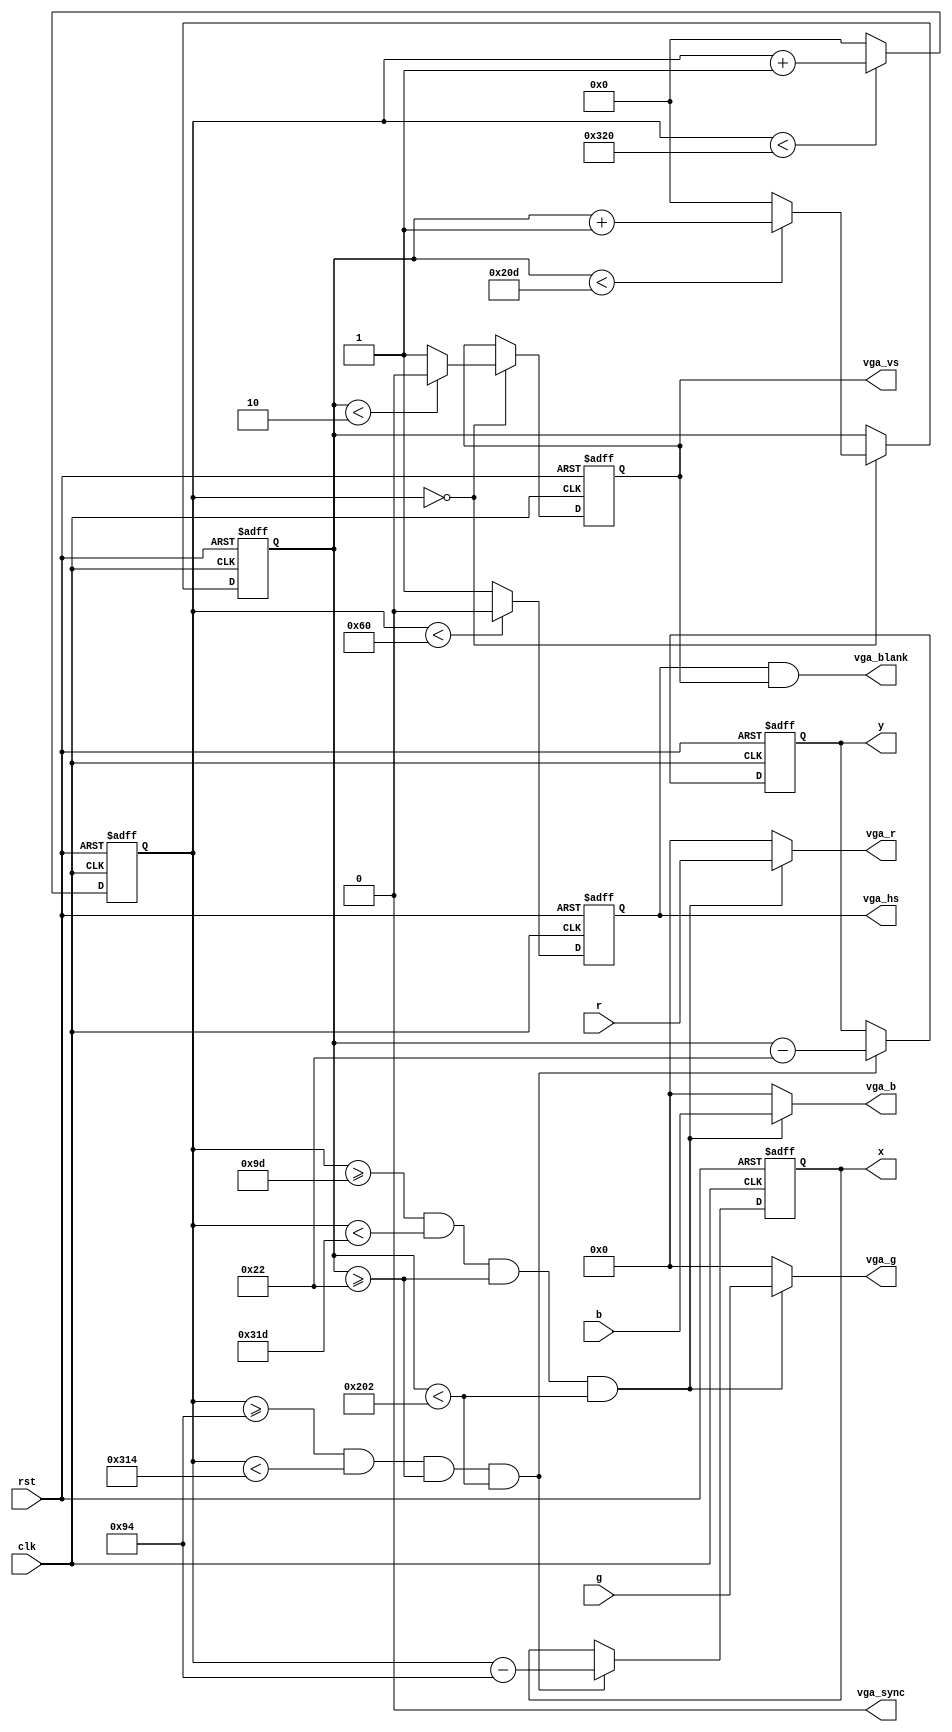
module vga
(
	input wire        clk,
	input wire        rst,
	input wire  [7:0] r,
	input wire  [7:0] g,
	input wire  [7:0] b,
	output reg  [9:0] x,
	output reg  [9:0] y,
	output wire [7:0] vga_r,
	output wire [7:0] vga_g,
	output wire [7:0] vga_b,
	output reg        vga_hs,
	output reg        vga_vs,
	output wire       vga_sync,
	output wire       vga_blank
);
	//	Horizontal Parameter	( Pixel )
	parameter	H_SYNC_CYC	 = 96;
	parameter	H_SYNC_BACK	 = 45+3;
	parameter	H_SYNC_ACT	 = 640;	//	640
	parameter	H_SYNC_FRONT = 13+3;
	parameter	H_SYNC_TOTAL = 800;
	
	//	Vertical Parameter		( Line )
	parameter	V_SYNC_CYC	 = 2;
	parameter	V_SYNC_BACK	 = 30+2;
	parameter	V_SYNC_ACT	 = 480;	//	484
	parameter	V_SYNC_FRONT = 9+2;
	parameter	V_SYNC_TOTAL = 525;
	
	//	Start Offset
	parameter	X_START = H_SYNC_CYC+H_SYNC_BACK+4;
	parameter	Y_START = V_SYNC_CYC+V_SYNC_BACK;

	reg [9:0] h_cnt;
	reg [9:0] v_cnt;
	
	assign vga_blank = vga_hs && vga_vs;
	assign vga_sync = 0;
	
	assign vga_r = (h_cnt >= X_START+9 && h_cnt < X_START+H_SYNC_ACT+9 &&
						 v_cnt >= Y_START   && v_cnt < Y_START+V_SYNC_ACT)
						 ? r : 0;
	assign vga_g = (h_cnt >= X_START+9 && h_cnt < X_START+H_SYNC_ACT+9 &&
						 v_cnt >= Y_START   && v_cnt < Y_START+V_SYNC_ACT)
						 ?	g : 0;
	assign vga_b = (h_cnt >= X_START+9 && h_cnt < X_START+H_SYNC_ACT+9 &&
						 v_cnt >=Y_START    && v_cnt < Y_START+V_SYNC_ACT)
						 ?	b : 0;
	
	// pixel address
	always @ (posedge clk or negedge rst) begin
		if (!rst) begin
			x <= 0;
			y <= 0;
		end
		else begin
			if (h_cnt >= X_START && h_cnt < X_START+H_SYNC_ACT && 
				v_cnt >= Y_START && v_cnt < Y_START+V_SYNC_ACT) begin
				x <= h_cnt - X_START;
				y <= v_cnt - Y_START;
			end
		end
	end
	
	// hsync
	always @ (posedge clk or negedge rst) begin
		if (!rst) begin
			h_cnt <= 0;
			vga_hs <= 0;
		end
		else begin
			if (h_cnt < H_SYNC_TOTAL)
				h_cnt <= h_cnt + 1;
			else
				h_cnt <= 0;
			
			if (h_cnt < H_SYNC_CYC)
				vga_hs <= 0;
			else
				vga_hs <= 1;
		end
	end
	
	// vsync
	always @ (posedge clk or negedge rst) begin
		if (!rst) begin
			v_cnt <= 0;
			vga_vs <= 0;
		end
		else begin
			if (h_cnt == 0) begin
				if (v_cnt < V_SYNC_TOTAL)
					v_cnt <= v_cnt + 1;
				else
					v_cnt <= 0;

				if (v_cnt < V_SYNC_CYC)
					vga_vs <= 0;
				else
					vga_vs <= 1;
			end
		end
	end
	
endmodule